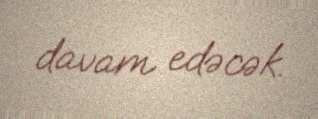
davam edəcək.